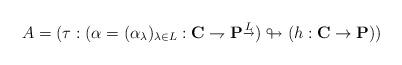
LaTeX: \begin{align*}A=(\tau:(\alpha=(\alpha_\lambda)_{\lambda \in L}:\mathbf{C}\rightharpoondown \mathbf{P}^{\underrightarrow{{L}}} )\looparrowright (h:\mathbf{C}\rightarrow \mathbf{P}))\end{align*}